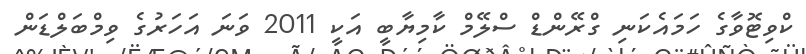
ކްވިޓޮވާގެ ހަމައެކަނި ގްރޭންޑް ސްލޭމް ކާމިޔާބީ އަކީ 2011 ވަނަ އަހަރުގެ ވިމްބަލްޑަން